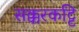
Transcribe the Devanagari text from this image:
सक्करकट्टि